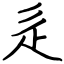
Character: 辵